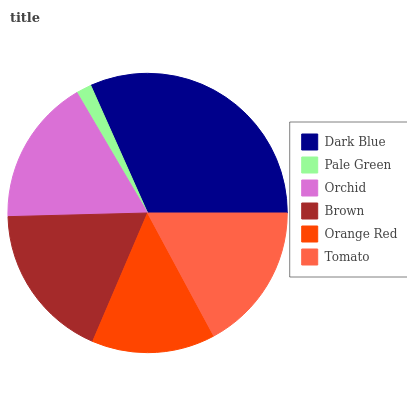
| Dark Blue | Pale Green | Orchid | Brown | Orange Red | Tomato |
 | --- | --- | --- | --- | --- | --- |
 | 31.6% | 1.76% | 17% | 18.1% | 14.3% | 17.2% |